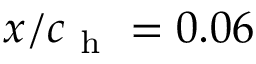
x / c _ { \mathrm { ~ h ~ } } = 0 . 0 6